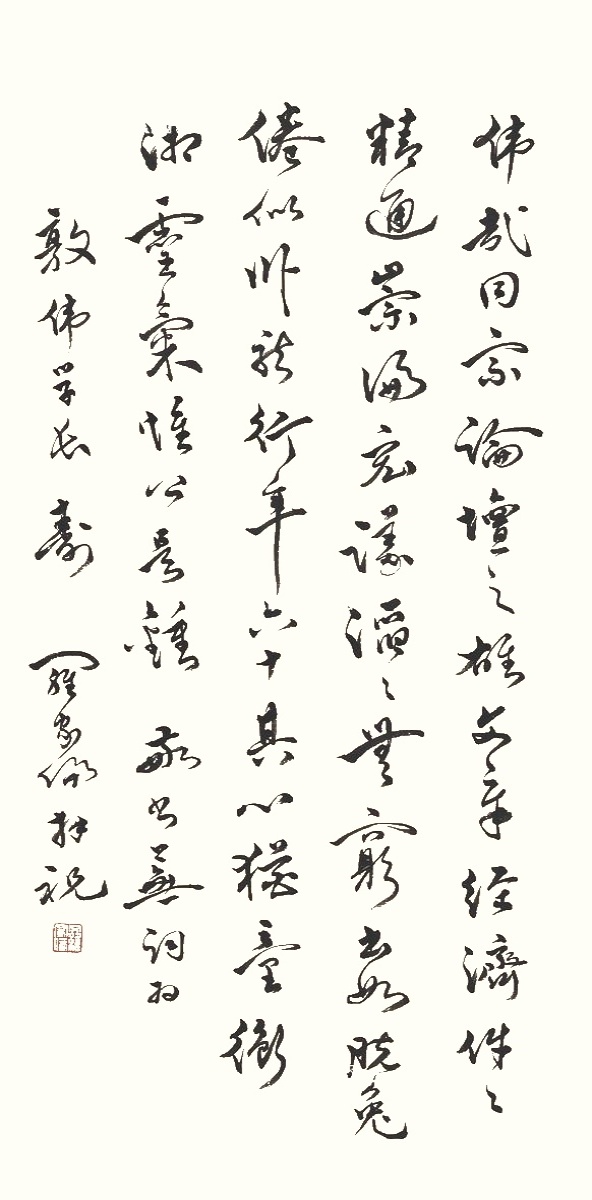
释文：伟哉同宗论坛之雄，文章经济件件精通。崇论宏议滔滔无穷，出如脱兔倦似卧龙，行年六十其心犹童，衡湘灵气惟公是锺。敬书芜词，为敦伟学长寿，罗家伦拜祝。